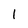
Character: 1